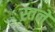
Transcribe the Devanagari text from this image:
स्तने